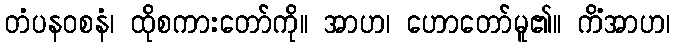
တံပနဝစနံ၊ ထိုစကားတော်ကို။ အာဟ၊ ဟောတော်မူ၏။ ကိံအာဟ၊